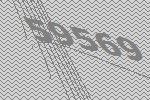
59569